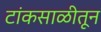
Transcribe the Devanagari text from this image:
टांकसाळीतून